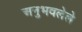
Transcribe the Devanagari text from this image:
अनुभवलेले